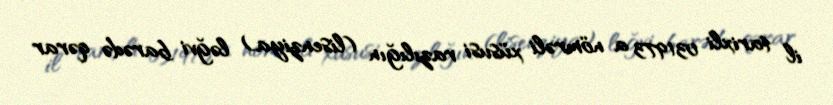
il tarixli 031973 a nömrəli xüsusi razılığın (lisenziya) ləğvi barədə qərar